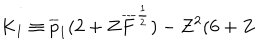
K _ { 1 } \equiv \overline { { { p } } } _ { 1 } ( 2 + Z \overline { { { F } } } ^ { \frac { 1 } { 2 } } ) - Z ^ { 2 } ( 6 + Z